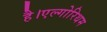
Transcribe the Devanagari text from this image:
है।एल्गोरिथम